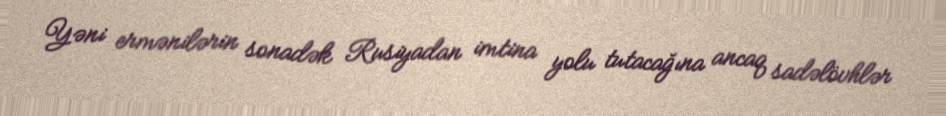
Yəni ermənilərin sonadək Rusiyadan imtina yolu tutacağına ancaq sadəlövhlər